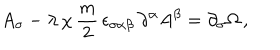
A _ { \sigma } - \lambda \, \chi \, \frac { m } { 2 } \, \epsilon _ { \sigma \alpha \beta } \, \partial ^ { \alpha } A ^ { \beta } = \partial _ { \sigma } \Omega \, ,